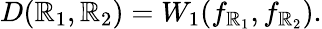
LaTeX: D(\mathbb{R}_{1},\mathbb{R}_{2})=W_{1}(f_{\mathbb{R}_{1}},f_{\mathbb{R}_{2}}).